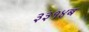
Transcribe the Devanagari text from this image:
३३१४ब